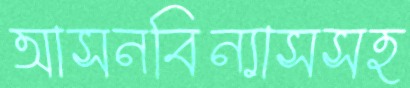
আসনবিন্যাসসহ